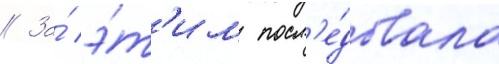
// За́ э́т'им посл'е́довала